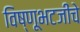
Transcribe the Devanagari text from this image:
विष्णूभटजींचे